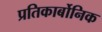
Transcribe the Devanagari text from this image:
प्रतिकार्बोनिक